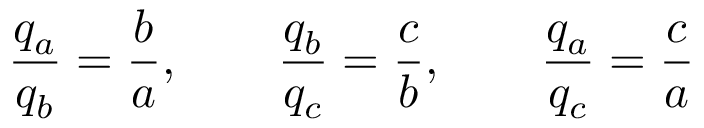
{ \frac { q _ { a } } { q _ { b } } } = { \frac { b } { a } } , \quad \quad { \frac { q _ { b } } { q _ { c } } } = { \frac { c } { b } } , \quad \quad { \frac { q _ { a } } { q _ { c } } } = { \frac { c } { a } }